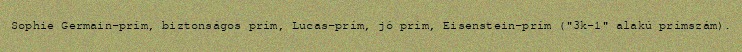
Sophie Germain-prím, biztonságos prím, Lucas-prím, jó prím, Eisenstein-prím ("3k-1" alakú prímszám).